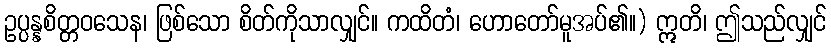
ဥပ္ပန္နစိတ္တဝသေန၊ ဖြစ်သော စိတ်ကိုသာလျှင်။ ကထိတံ၊ ဟောတော်မူအပ်၏။) ဣတိ၊ ဤသည်လျှင်